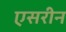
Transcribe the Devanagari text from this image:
एसरीन